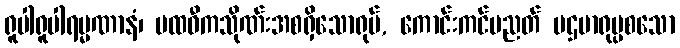
ရူပါရူပါရမ္မဏာနံ၊ ပထဝီကသိုဏ်းအစရှိသောရုပ်, ကောင်းကင်ပညတ် ပဌမာရုပ္ပစသော